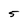
Character: 5